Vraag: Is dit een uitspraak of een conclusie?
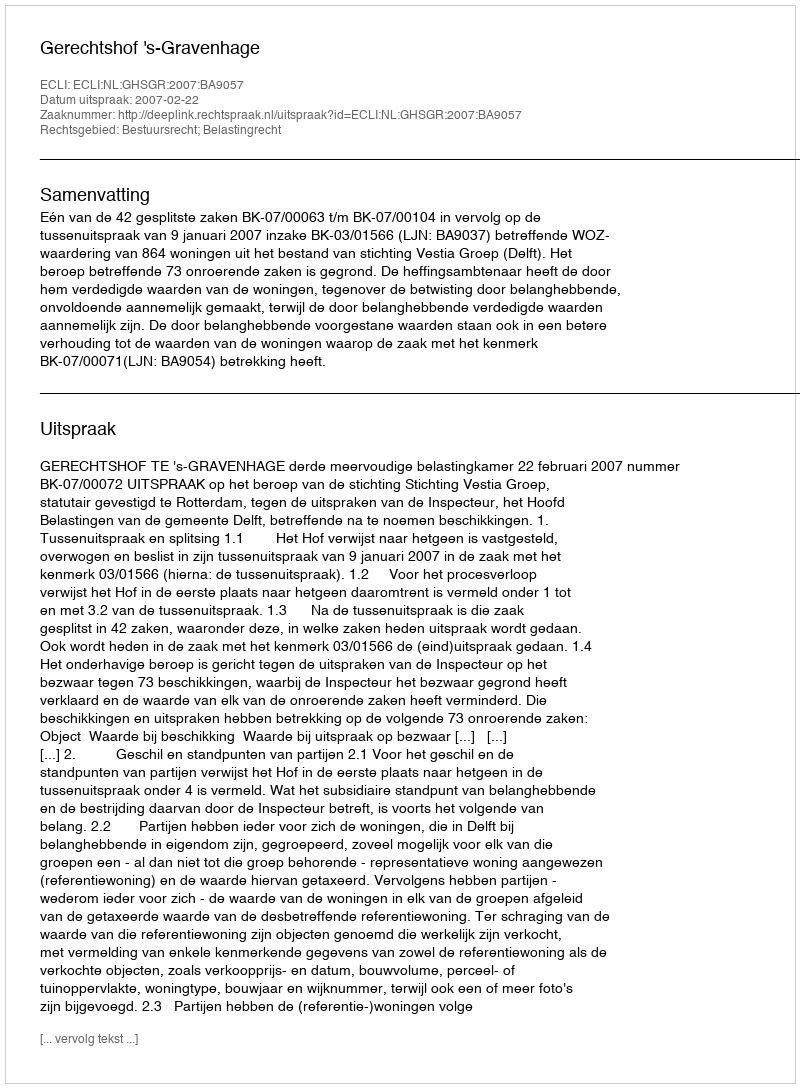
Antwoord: Uitspraak